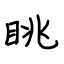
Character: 眺